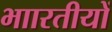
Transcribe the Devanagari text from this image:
भाारतीयों